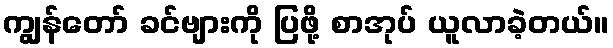
ကျွန်တော် ခင်ဗျားကို ပြဖို့ စာအုပ် ယူလာခဲ့တယ်။